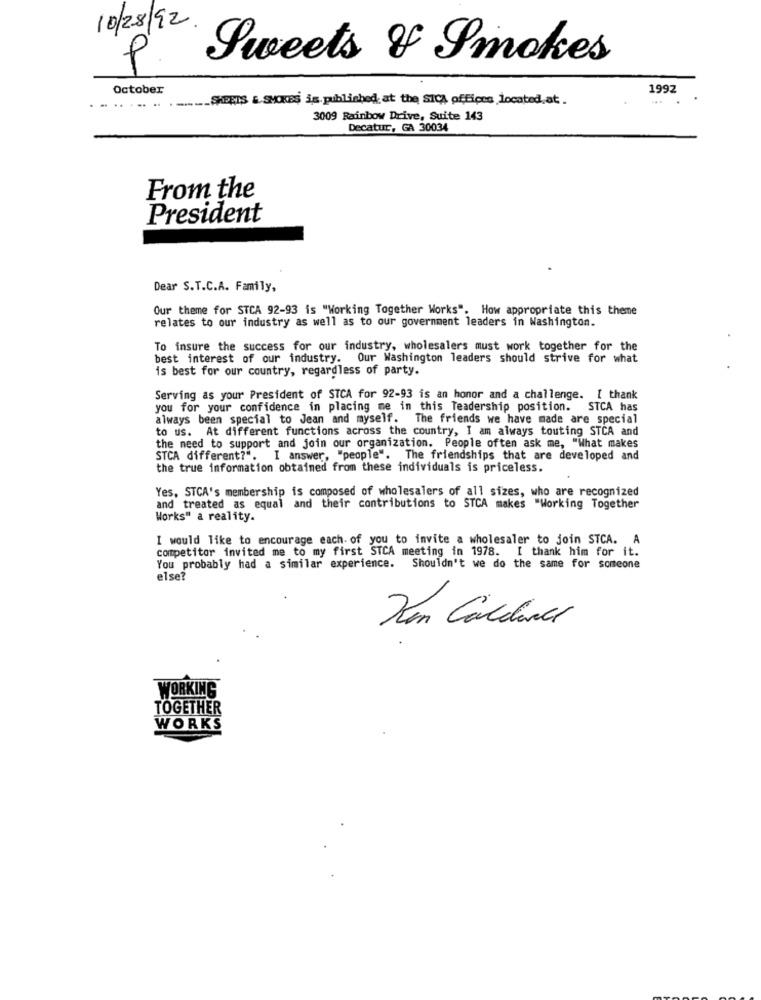
10/28/92.
P Sweets & Smokes
October
1992
SHEETS &. SMOKES is. published, at the SICA offices located,at.
...
3009 Rainbow Drive, Suite 143
Decatur, GA 30034
From the
President
Dear S.T.C.A. Family,
Our theme for STCA 92-93 is "Working Together Works". How appropriate this theme
relates to our industry as well as to our government leaders in Washington.
To insure the success for our industry, wholesalers must work together for the
best interest of our industry. Our Washington leaders should strive for what
is best for our country, regardless of party.
Serving as your President of STCA for 92-93 is an honor and a challenge. [ thank
you for your confidence in placing me in this leadership position. STCA has
always been special to Jean and myself. The friends we have made are special
to us. At different functions across the country, I am always touting STCA and
the need to support and join our organization. People often ask me, "What makes
STCA different?". I answer, "people". The friendships that are developed and
the true information obtained from these individuals is priceless.
Yes, STCA's membership is composed of wholesalers of all sizes, who are recognized
and treated as equal and their contributions to STCA makes "Working Together
Works" a reality.
I would like to encourage each. of you to invite a wholesaler to join STCA. A
competitor invited me to my first STCA meeting in 1978. I thank him for it.
You probably had a similar experience. Shouldn't we do the same for someone
else?
Ken Calchialt
WORKING
TOGETHER
WORKS